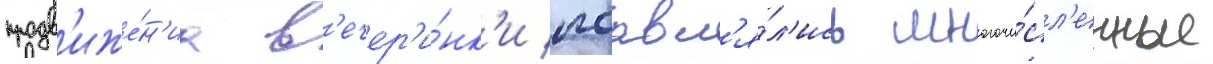
продв'иже́н'иа в'ечер'и́нк'и поавл'я́л'ись многочи́сл'енные